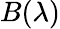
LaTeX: B(\lambda)